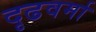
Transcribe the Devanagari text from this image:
दृढवर्मा